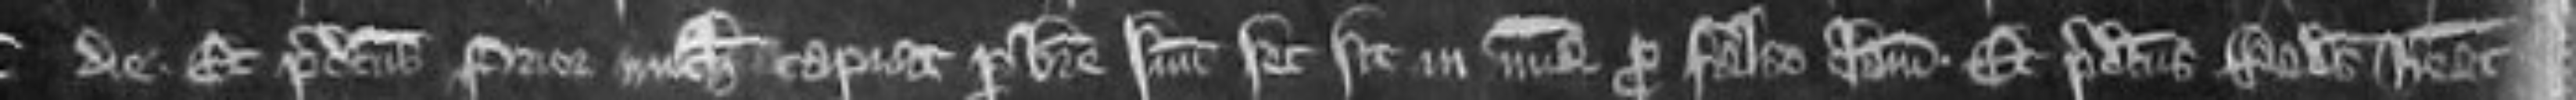
die. Et predictus Prior nichil capiat per breve suum set sit in misericordia pro falso clamore. Et Radulfus habeat